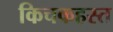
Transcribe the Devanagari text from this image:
किचकहस्त